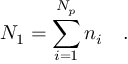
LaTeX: N _ { 1 } = \sum _ { i = 1 } ^ { N _ { p } } n _ { i } \quad .